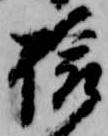
旅